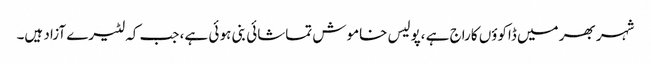
شہر بھر میں ڈاکوؤں کاراج ہے ،پولیس خاموش تماشائی بنی ہو ئی ہے، جب کہ لٹیرے آزاد ہیں۔